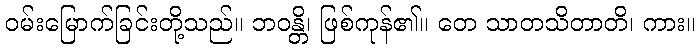
ဝမ်းမြောက်ခြင်းတို့သည်။ ဘဝန္တိ၊ ဖြစ်ကုန်၏။ တေ သာတသိတာတိ၊ ကား။